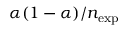
\alpha ( 1 - \alpha ) / n _ { \mathrm { e x p } }